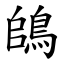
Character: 鴭